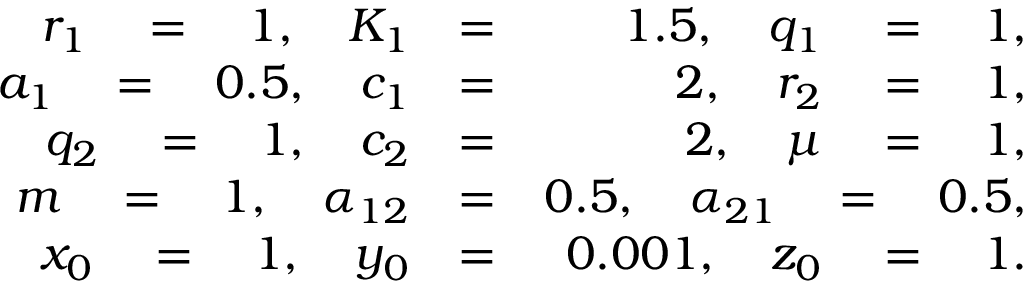
\begin{array} { r l r } { r _ { 1 } \quad = \quad 1 , \quad K _ { 1 } } & { = } & { 1 . 5 , \quad q _ { 1 } \quad = \quad 1 , } \\ { a _ { 1 } \quad = \quad 0 . 5 , \quad c _ { 1 } } & { = } & { 2 , \quad r _ { 2 } \quad = \quad 1 , } \\ { q _ { 2 } \quad = \quad 1 , \quad c _ { 2 } } & { = } & { 2 , \quad \mu \quad = \quad 1 , } \\ { m \quad = \quad 1 , \quad \alpha _ { 1 2 } } & { = } & { 0 . 5 , \quad \alpha _ { 2 1 } \quad = \quad 0 . 5 , } \\ { x _ { 0 } \quad = \quad 1 , \quad y _ { 0 } } & { = } & { 0 . 0 0 1 , \quad z _ { 0 } \quad = \quad 1 . } \end{array}